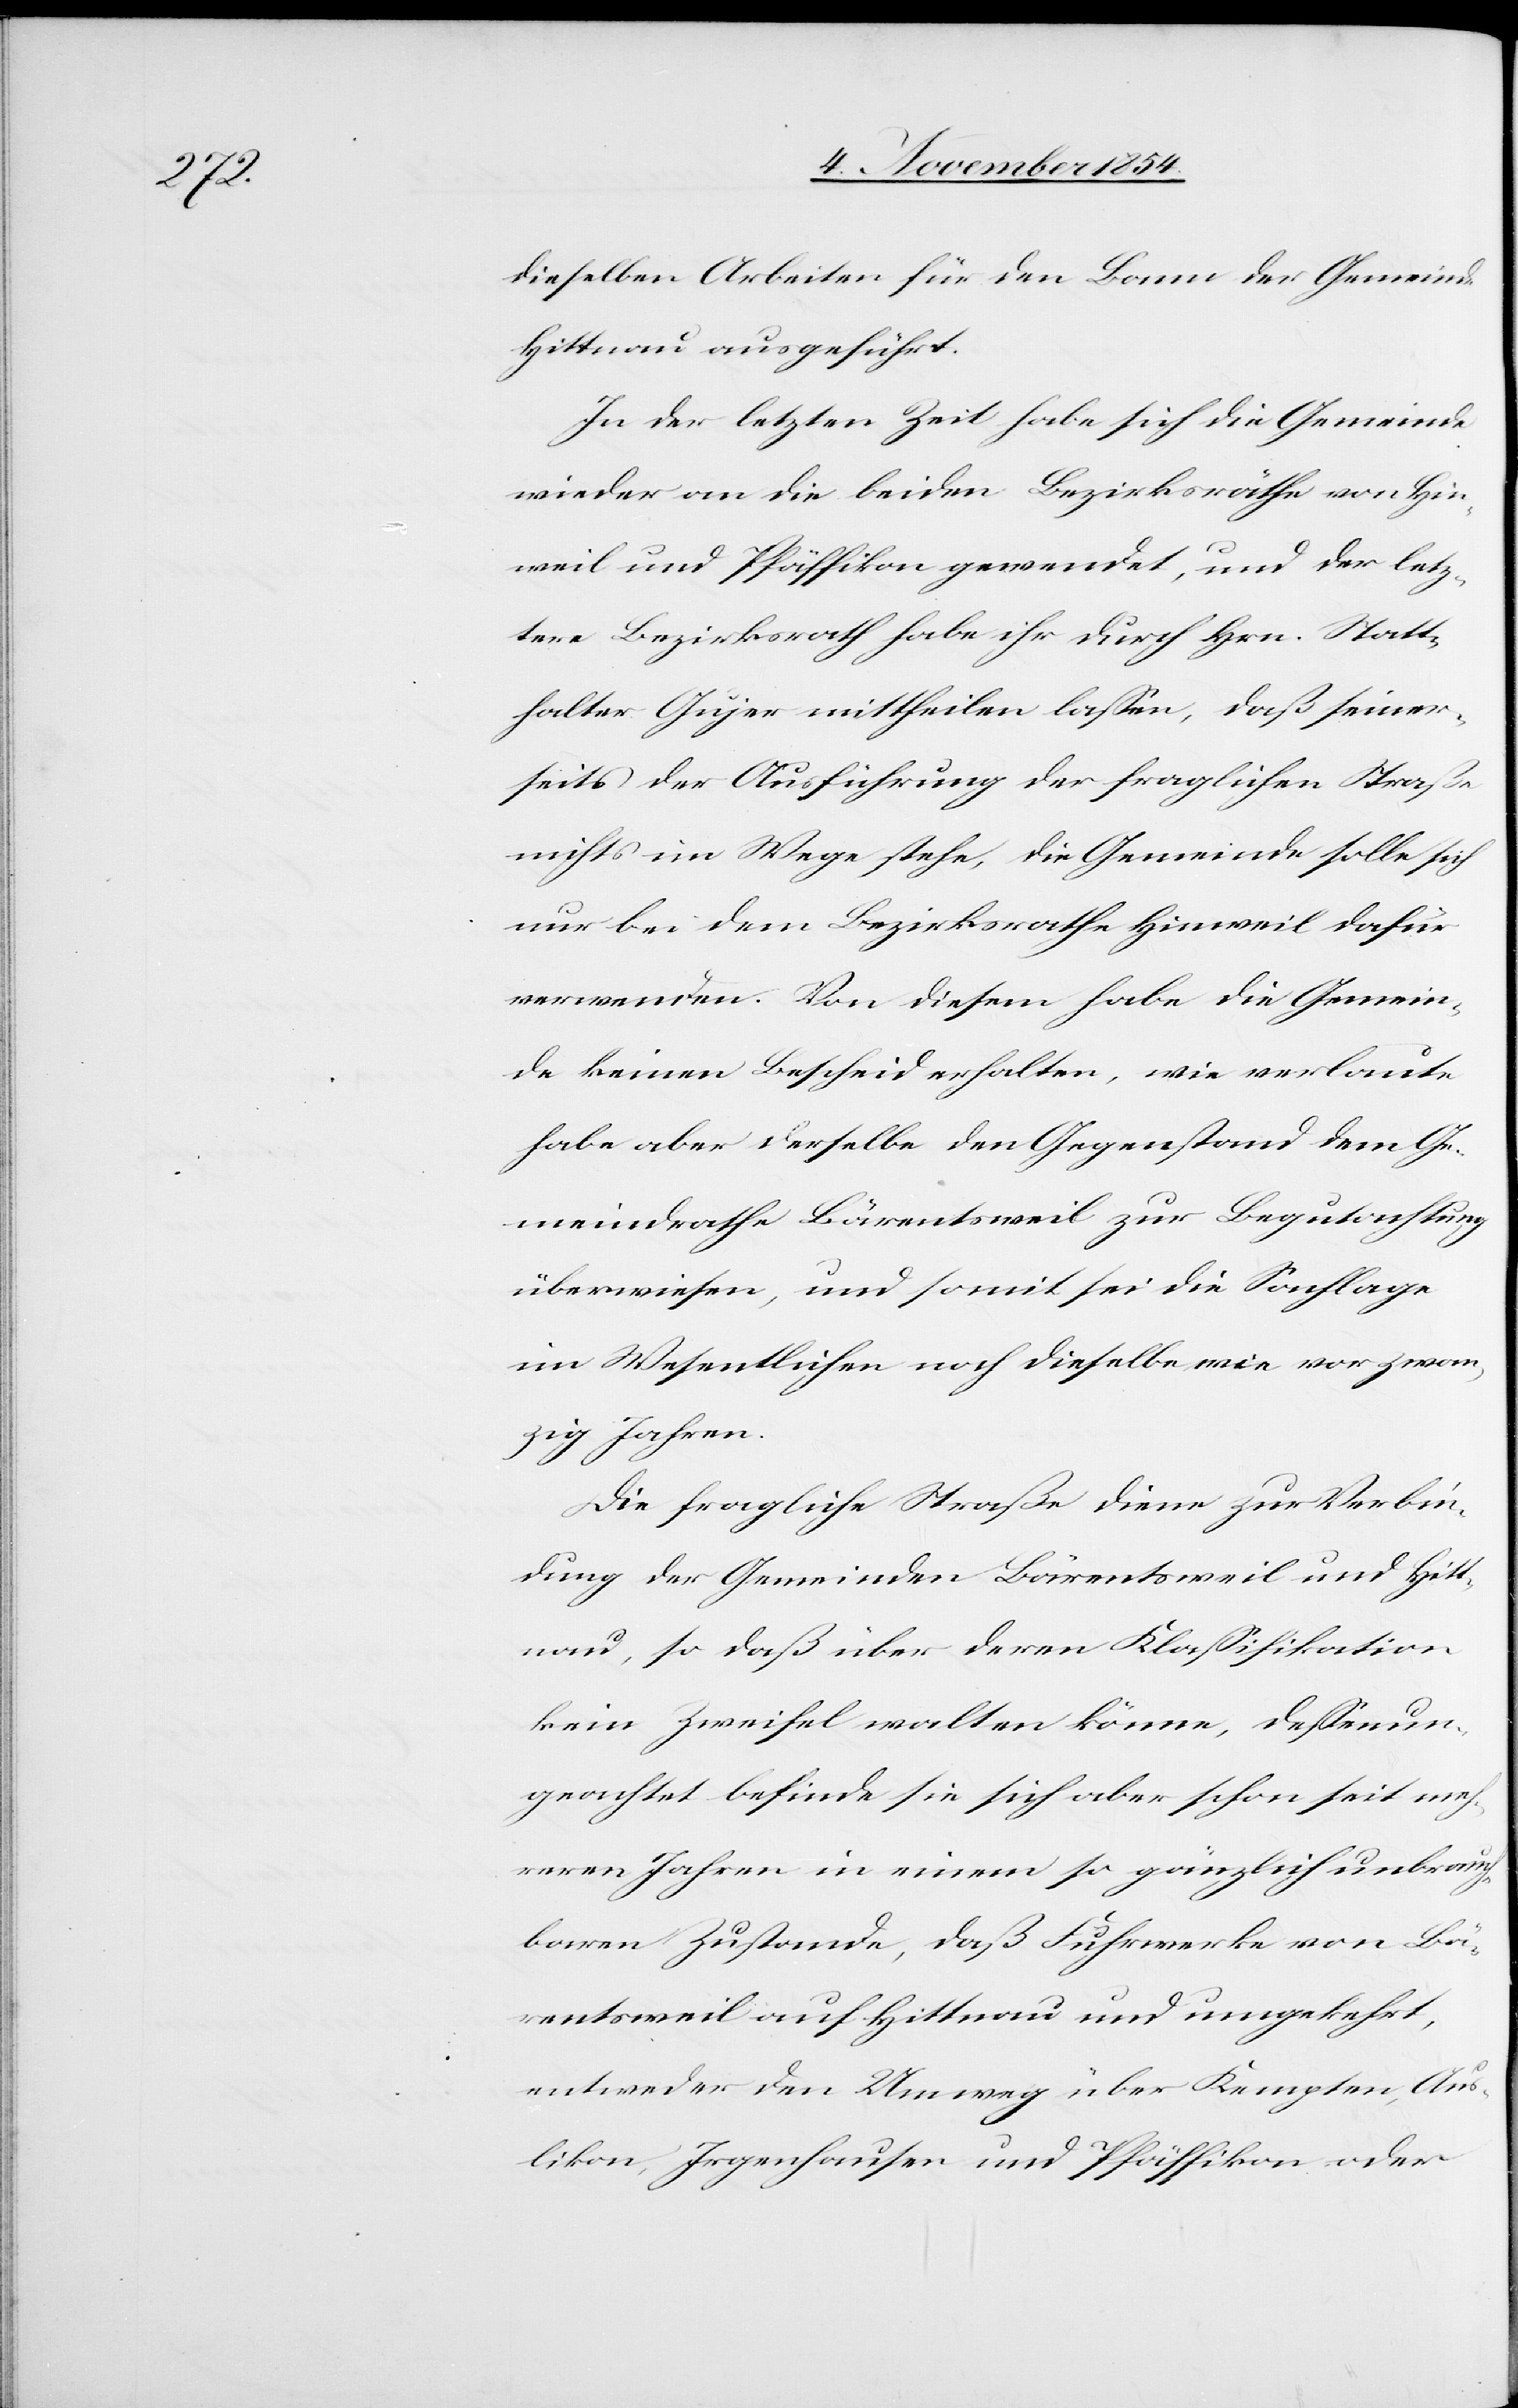
dieselben Arbeiten für den Bann der Gemeinde
Hittnau ausgeführt.
In der letzten Zeit habe sich die Gemeinde
wieder an die beiden Bezirksräthe von Hin¬
weil und Pfäffikon gewendet, und der letz¬
tere Bezirksrath habe ihr durch Hrn. Statt¬
halter Gujer mittheilen laßen, daß seiner¬
seits der Ausführung der fraglichen Straße
nichts im Wege stehe, die Gemeinde solle sich
nur bei dem Bezirksrathe Hinweil dafür
verwenden. Von diesem habe die Gemein¬
de keinen Bescheid erhalten, wie verlaute
habe aber derselbe den Gegenstand dem Ge¬
meindrathe Bärentsweil zur Begutachtung
überwiesen, und somit sei die Sachlage
im Wesentlichen noch dieselbe wie vor zwan¬
zig Jahren.
Die fragliche Straße diene zur Verbin¬
dung der Gemeinden Bärentsweil und Hitt¬
nau, so daß über deren Klaßifikation
kein Zweifel walten könne, deßenun¬
geachtet befinde sie sich aber schon seit meh¬
reren Jahren in einem so gänzlich unbrauch¬
baren Zustande, daß Fuhrwerke von Bä¬
rentsweil auf Hittnau und umgekehrt,
entweder den Umweg über Kempten, Aus¬
likon, Irgenhausen und Pfäffikon oder